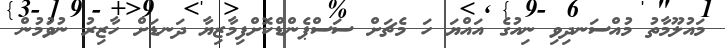
މައުލޫމާތު މުއްސަނދިވި ނިއުގެ އައްޔަ ހަ މެޗަށް ސަސްޕެންޑްކޮށްފިމާޒިޔާ ދަނޑަށް ހާޒިރު ނުވުމުން